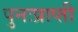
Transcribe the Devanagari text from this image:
पुनःप्राप्ती